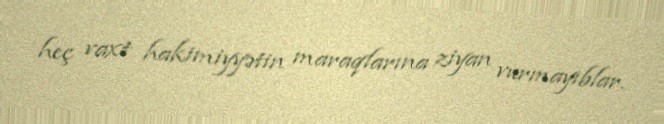
heç vaxt hakimiyyətin maraqlarına ziyan vurmayıblar.